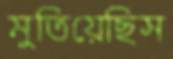
মুতিয়েছিস